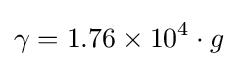
\gamma =1.76\times 10^{4}\cdot g